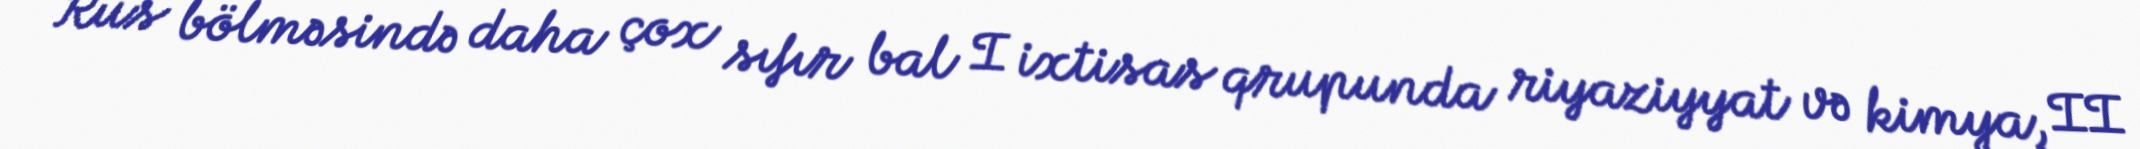
Rus bölməsində daha çox sıfır bal I ixtisas qrupunda riyaziyyat və kimya, II